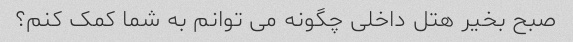
صبح بخیر هتل داخلی چگونه می توانم به شما کمک کنم؟